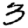
Digit: 3